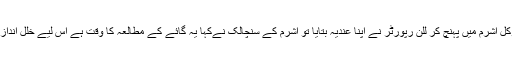
ورنداون کے گوکل آشرم میں پہنچ کر للن رپورٹر نے اپنا عندیہ بتایا تو آشرم کے سنچالک نےکہا یہ گائے کے مطالعہ کا وقت ہے اس لیے خلل اندازی نہیں ہوسکتی۔